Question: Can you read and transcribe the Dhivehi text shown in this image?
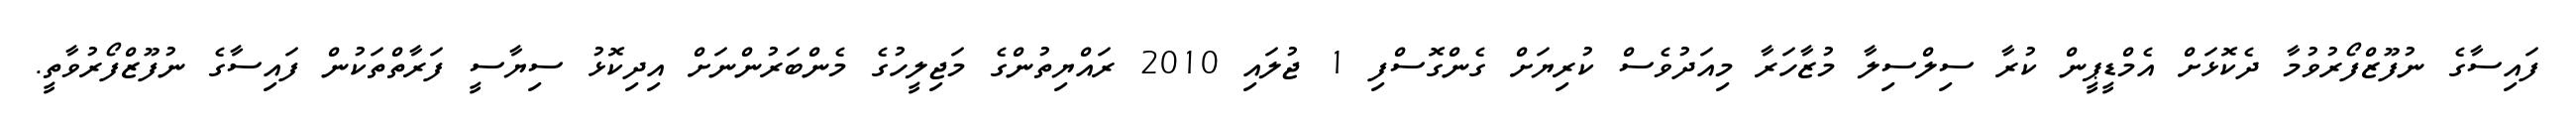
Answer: ފައިސާގެ ނުފޫޒްފޯރުވުމާ ދެކޮޅަށް އެމްޑީޕީން ކުރާ ސިލްސިލާ މުޒާހަރާ މިއަދުވެސް ކުރިޔަށް ގެންގޮސްފި 1 ޖުލައި 2010 ރައްޔިތުންގެ މަޖިލީހުގެ މެންބަރުންނަށް އިދިކޮޅު ސިޔާސީ ފަރާތްތަކުން ފައިސާގެ ނުފޫޒްފޯރުވާތީ.